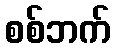
စစ်ဘက်